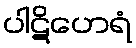
ပါဋိဟေရံ